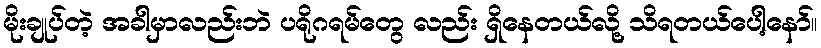
မိုးချုပ်တဲ့ အခါမှာလည်းဘဲ ပရိုဂရမ်တွေ လည်း ရှိနေတယ်လို့ သိရတယ်ပေါ့နော်။